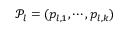
\mathcal { P } _ { l } = ( p _ { l , 1 } , \cdots , p _ { l , k } )